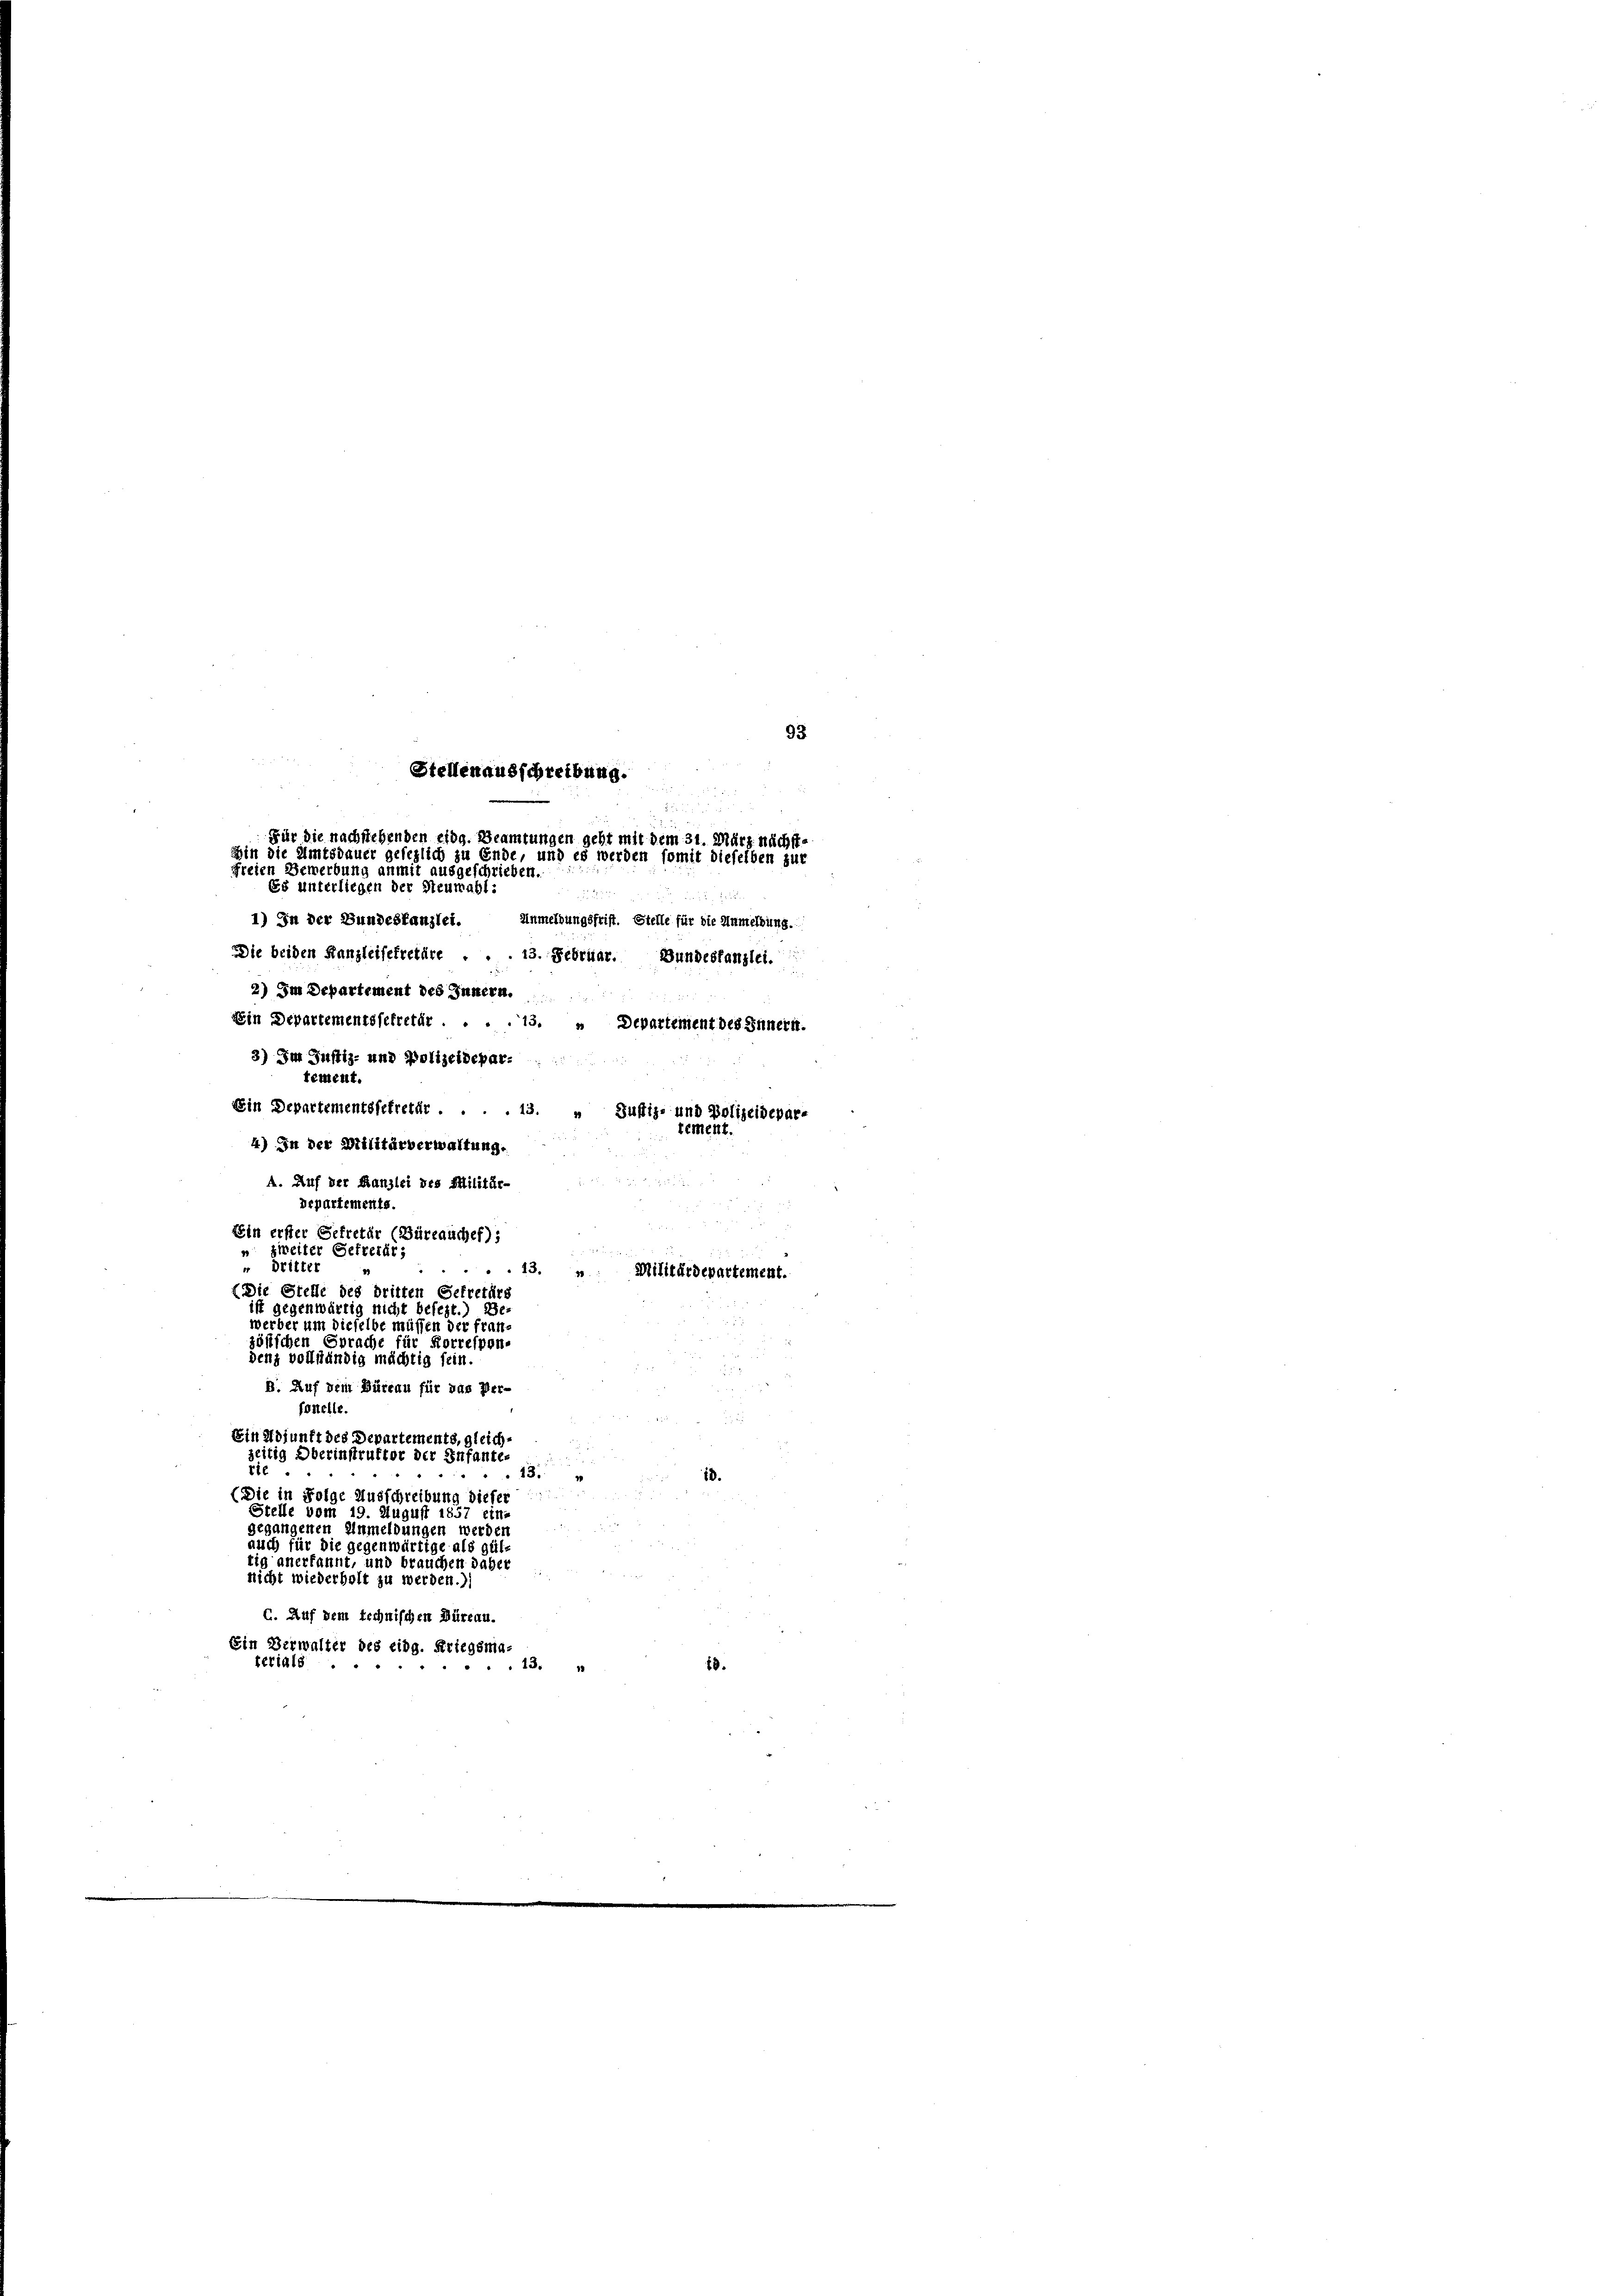
Die beiden Kanzleisekretäre . . . 13. Februar. Bundeskanzlei.
2) Im Departement des Innern.
Ein Departementssekretär . . . . 13. „ Departement des Innert.
3) Im Justiz- und Polizeidepar-
tement.
Ein Departementssekretär . . . . 13. „ Justiz- und Polizeidepar-
4) In der Militärverwaltung.
A. Auf der Kanzlei des Militär-
Departements.
Ein erster Sekretär (Büreauchef):

zweiter Gefreiar;
 Dritter
.13. Militärdepartement.
(Die Stelle des dritten Getretärs
ist gegenwärtig nicht befezt.) De-
werber um dieselbe müssen der fran
zösischen Sprache für Korrespon-
denz vollständig mächtig fein.
B. Auf dem Büreau für das Per-
fonelle.
Ein Adjunft des Departements, gleichzeitig Oberinstruktor der Infante-
rie
13.
(Die in Folge Ausschreibung dieser
Stelle vom 19. August 1857 etna
gegangenen Anmeldungen werden
auch für die gegenwärtige als gül
tig anerkannt, und brauchen daber
nicht wiederholt zu werden.)
a. Auf dem technischen Büreau.
Ein Verwalter des eidg. Kriegsma-
xerials ...
43.
19.

93

Stellenausschreibung.
Für die nachstehenden eidg. Beamtungen geht mit dem 31. März nächst-
hin die Amtsdauer gesezlich zu Ende, und es werden somit dieselben zur
freien Gewerbung anmit ausgeschrieben.
Es unterliegen der Steuwahl:
3

1) In der Bundeskanzlei. Anmeldungsfrist. Stelle für die Anmeldung.

tement.